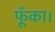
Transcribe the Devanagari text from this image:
फूँका।